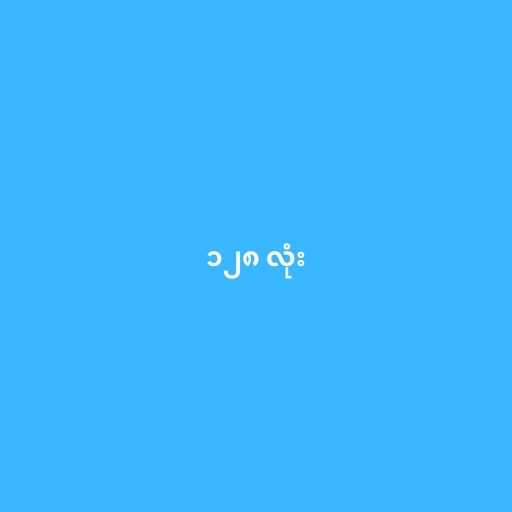
၁၂၈ လုံး